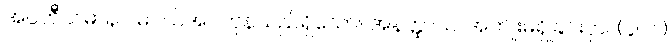
အပ္ပဟိီယမာနာ၊ မပယ်အပ်ကုန်သည်ရှိသော်။ အနတ္ထာယ၊ အကျိုးမရှိခြင်းငှာ။ (၄၀၁)